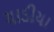
ચાડીયા